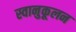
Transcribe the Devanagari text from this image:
स्वानुकूलन